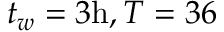
t _ { w } = 3 \mathrm { h } , T = 3 6